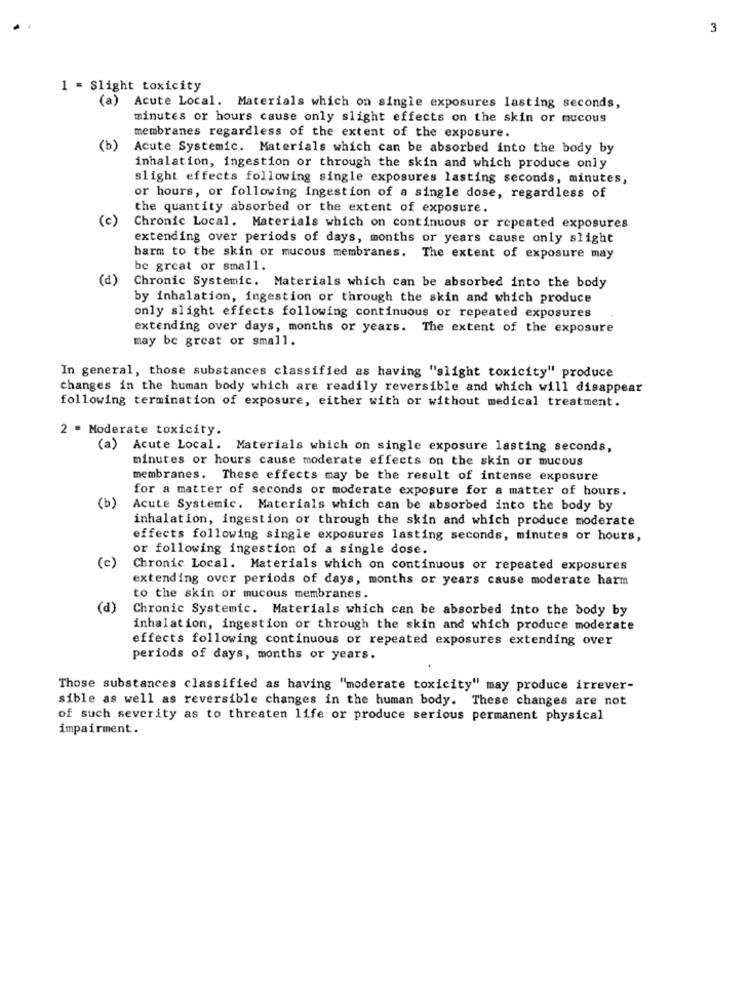
3
1 = Slight toxicity
(a)
Acute Local. Materials which on single exposures lasting seconds,
minutes or hours cause only slight effects on the skin or mucous
membranes regardless of the extent of the exposure.
(b)
Acute Systemic. Materials which can be absorbed into the body by
inhalation, ingestion or through the skin and which produce only
slight effects following single exposures lasting seconds, minutes,
or hours, or following ingestion of a single dose, regardless of
the quantity absorbed or the extent of exposure.
(c)
Chronic Local. Materials which on continuous or repeated exposures
extending over periods of days, months or years cause only slight
barm to the skin or mucous membranes. The extent of exposure may
be great or small.
(d)
Chronic Systemic. Materials which can be absorbed into the body
by inhalation, ingestion or through the skin and which produce
only slight effects following continuous or repeated exposures
extending over days, months or years. The extent of the exposure
may be great or small.
In general, those substances classified as having "slight toxicity" produce
changes in the human body which are readily reversible and which will disappear
following termination of exposure, either with or without medical treatment.
2 - Moderate toxicity.
(a) Acute Local. Materials which on single exposure lasting seconds,
minutes or hours cause moderate effects on the skin or mucous
membranes. These effects may be the result of intense exposure
for a matter of seconds or moderate exposure for a matter of hours.
(b)
Acute Systemic. Materials which can be absorbed into the body by
inhalation, ingestion or through the skin and which produce moderate
effects following single exposures lasting seconds, minutes or hours,
or following ingestion of a single dose.
(c)
Chronic Local. Materials which on continuous or repeated exposures
extending over periods of days, months or years cause moderate harm
to the skin or mucous membranes.
(d)
Chronic Systemic. Materials which can be absorbed into the body by
inhalation, ingestion or through the skin and which produce moderate
effects following continuous or repeated exposures extending over
periods of days, months or years.
Those substances classified as having "moderate toxicity" may produce irrever-
sible as well as reversible changes in the human body. These changes are not
of such severity as to threaten life or produce serious permanent physical
impairment.